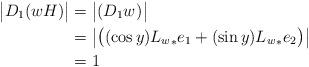
LaTeX: \begin{align*} \big| D_1(wH) \big| &= \big|(D_1 w)^{} \big| \\ &= \big| \big( (\cos{y}) {L_w}_{*} e_1 + (\sin{y}) {L_w}_{*} e_2 \big)^{} \big| \\ &= 1\end{align*}